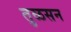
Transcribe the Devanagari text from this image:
तुळसन